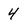
Character: 4